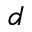
d